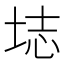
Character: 𫭰